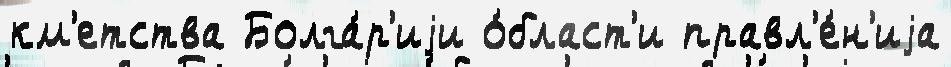
км'етства Болга́р'иjи о́бласт'и правл'е́н'иjа